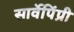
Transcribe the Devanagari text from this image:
सार्वेपिंप्री